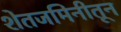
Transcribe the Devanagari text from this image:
शेतजमिनीतून